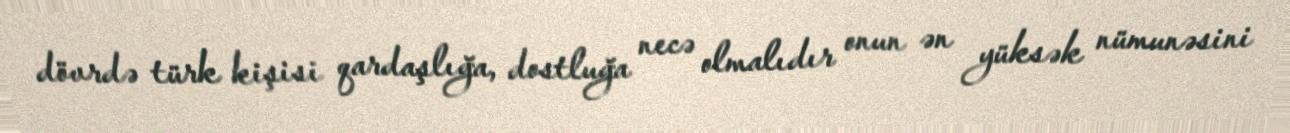
dövrdə türk kişisi qardaşlığa, dostluğa necə olmalıdır onun ən yüksək nümunəsini